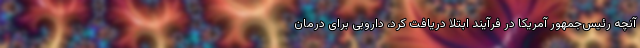
آنچه رئیس‌جمهور آمریکا در فرآیند ابتلا دریافت کرد، دارویی برای درمان